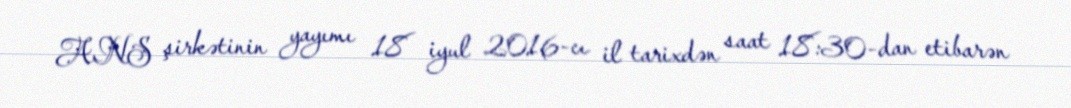
ANS şirkətinin yayımı 18 iyul 2016-cı il tarixdən saat 18:30-dan etibarən